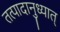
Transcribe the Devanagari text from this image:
तत्पादानुध्यात्